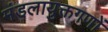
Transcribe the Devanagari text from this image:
मंडलायुक्तगणों